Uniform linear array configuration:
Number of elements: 48
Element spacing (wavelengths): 1
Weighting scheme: uniform
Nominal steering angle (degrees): -45
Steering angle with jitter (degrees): -45.254
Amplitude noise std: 0.05
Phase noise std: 0.05

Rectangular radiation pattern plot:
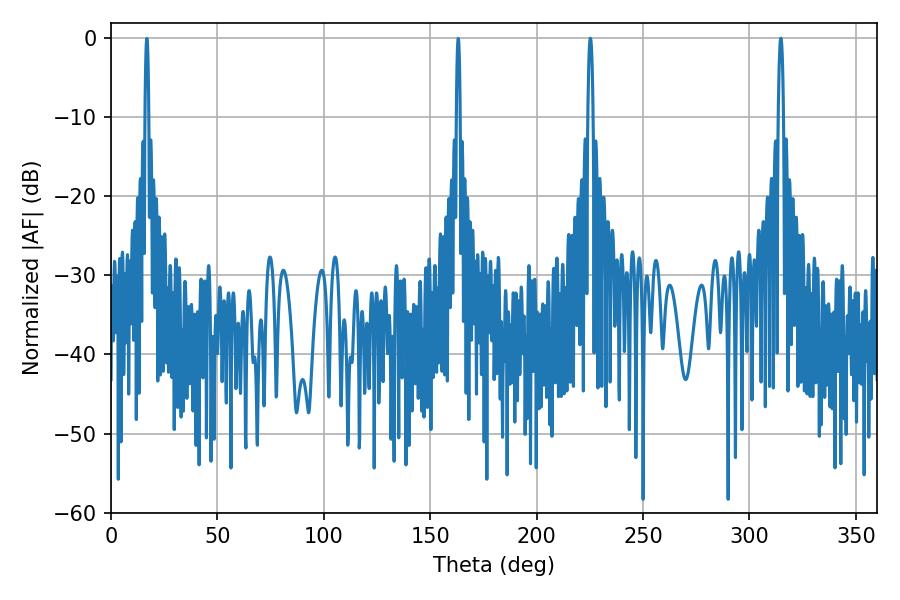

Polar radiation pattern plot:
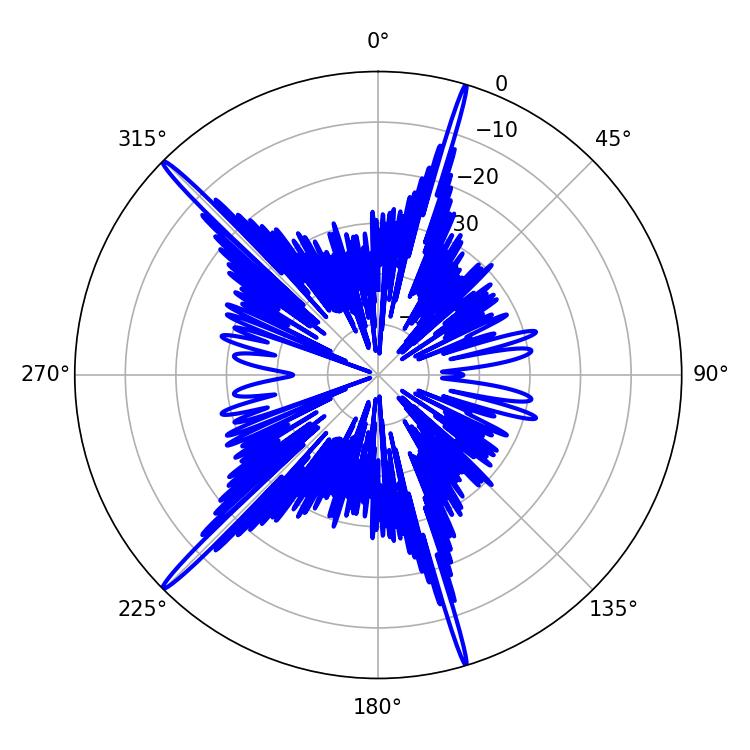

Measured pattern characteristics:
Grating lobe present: TRUE
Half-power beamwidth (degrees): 1.26
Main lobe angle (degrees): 225.18